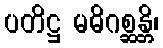
ပတိဋ္ဌ မဓိဂစ္ဆန္တိ၊